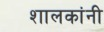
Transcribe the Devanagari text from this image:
शालकांनी